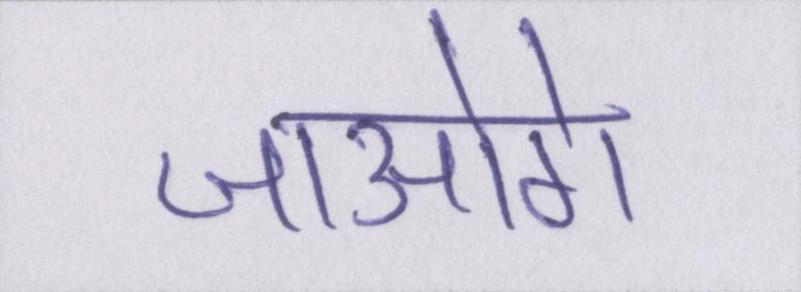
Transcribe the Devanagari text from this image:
जाओगे